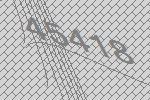
45418